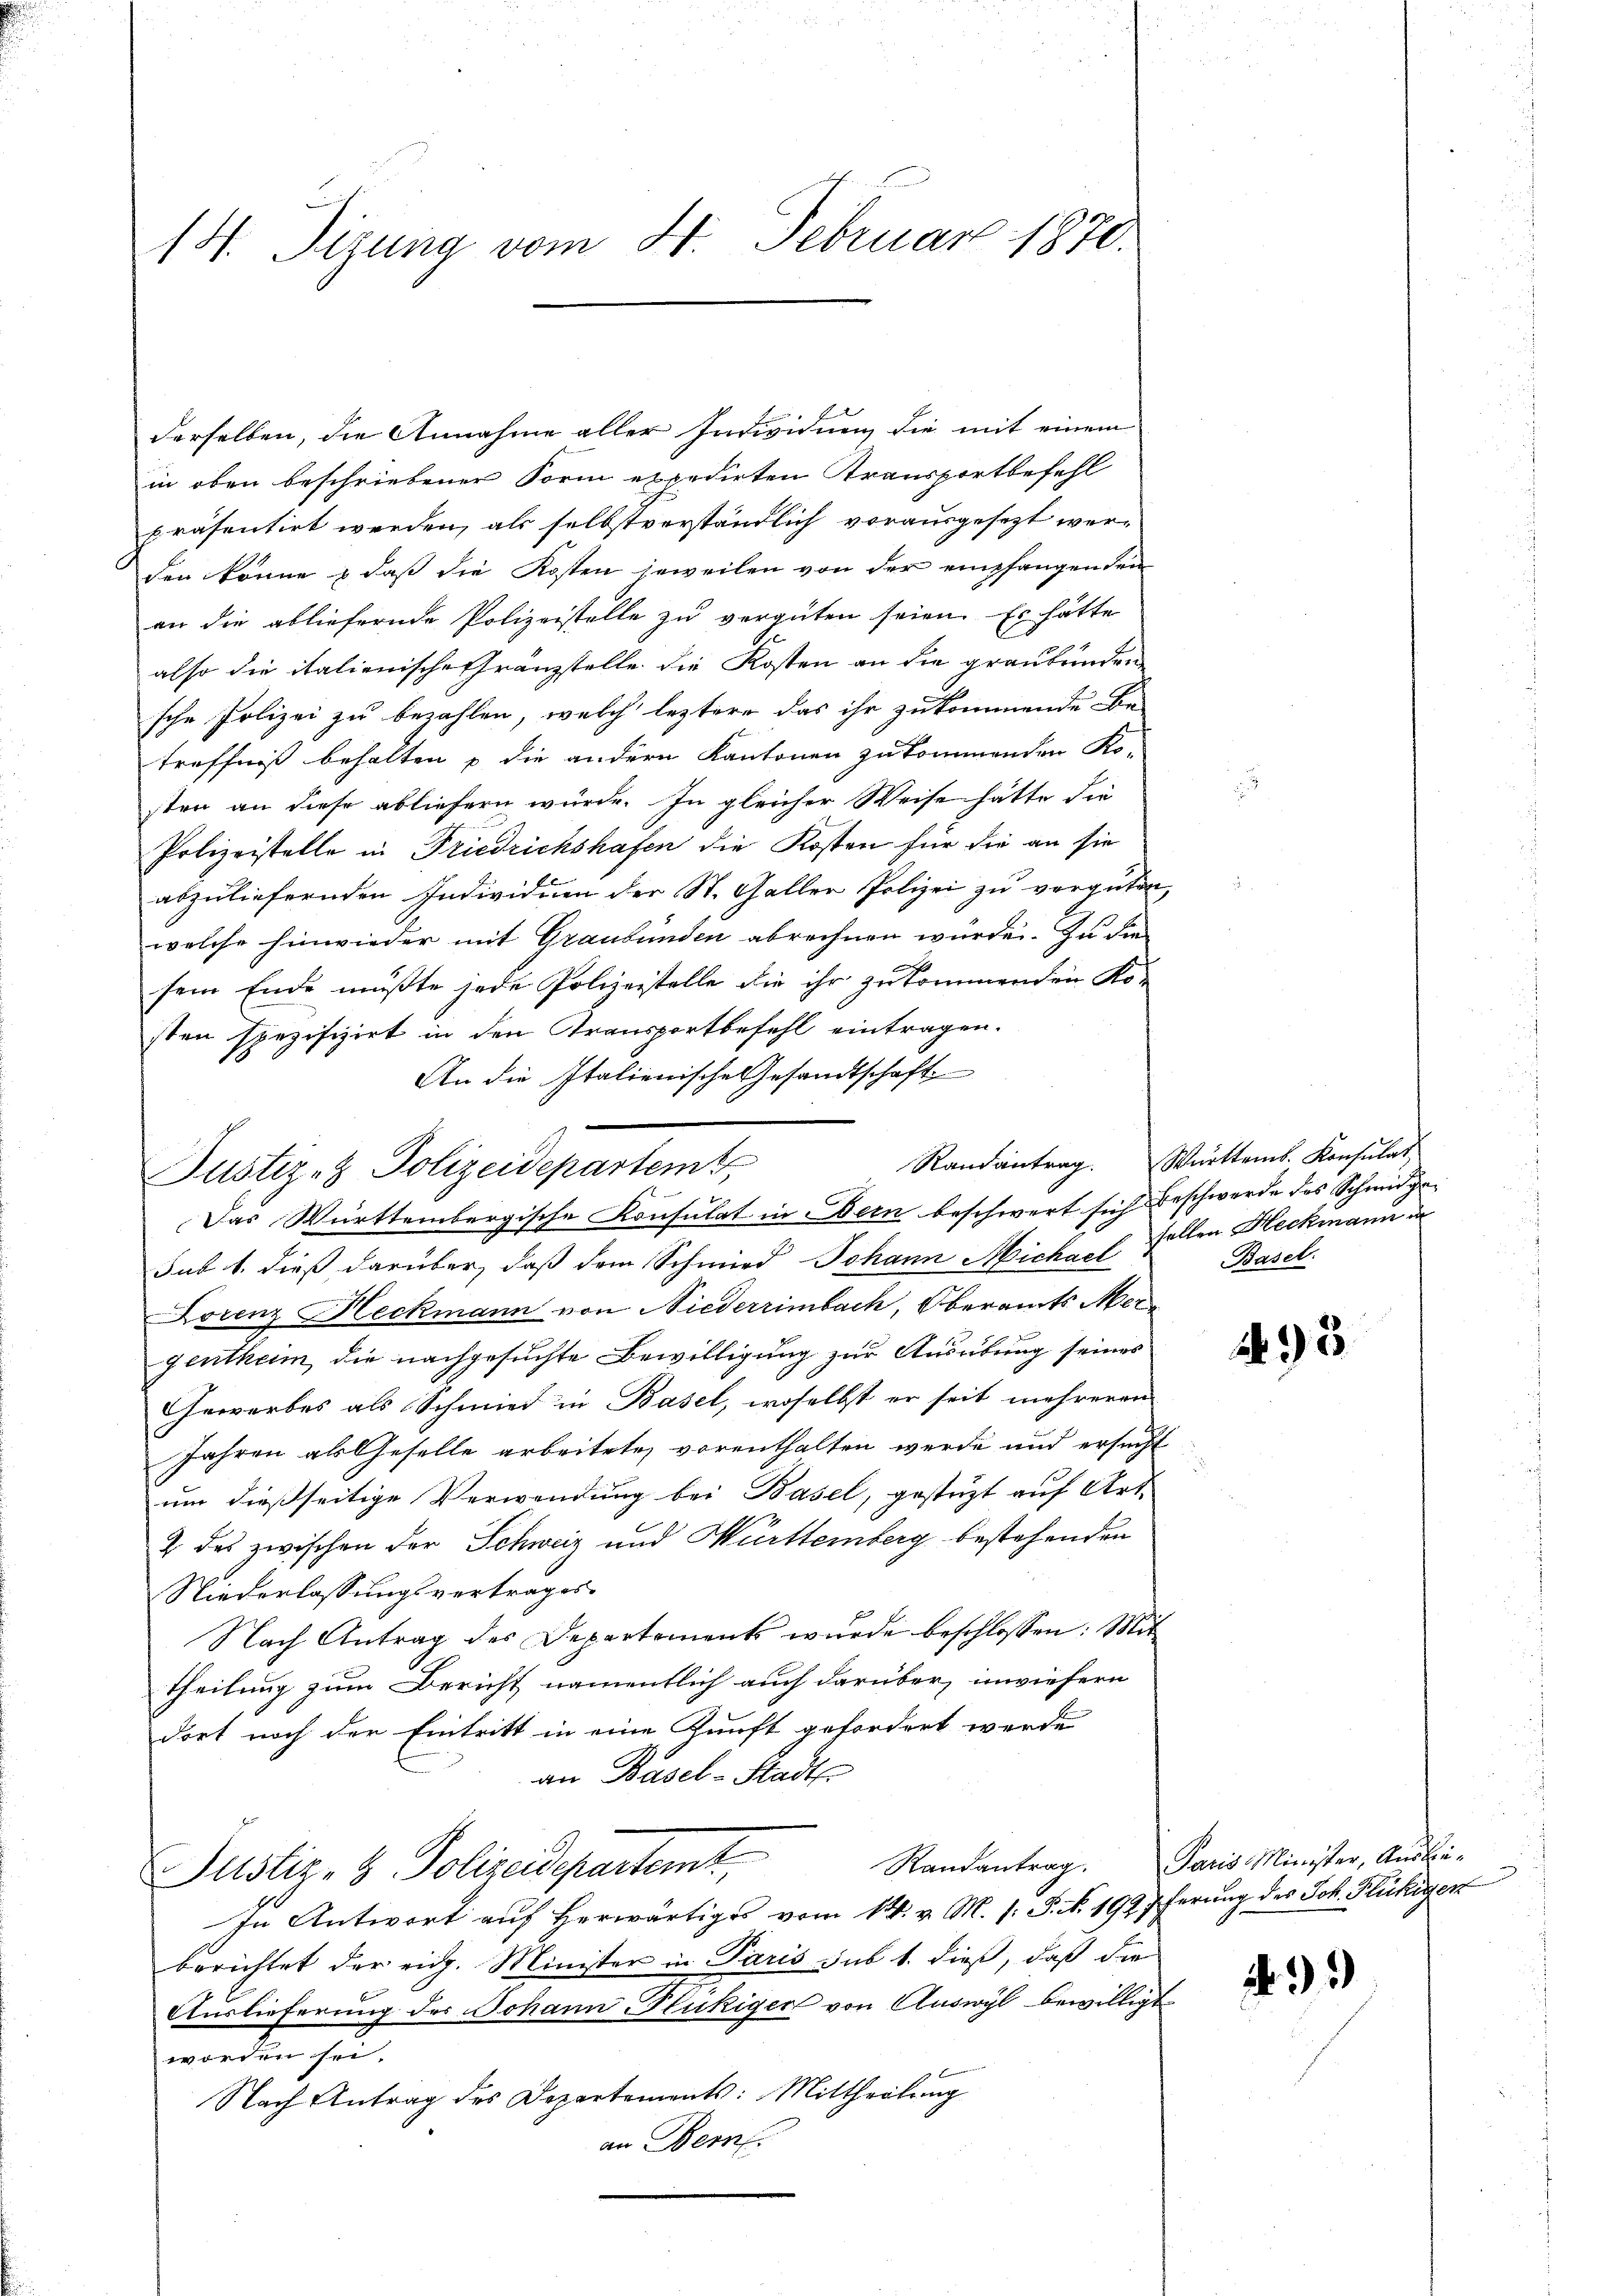
14. Tizung vom 8. Februar 1870.

derselben, die Annahme aller Individuen, die mit einem
in oben beschriebener Form expedirten Transportbefehl
präsentirt werden, als selbstverständlich vorausgesezt werden könne, daß die Kosten jeweilen von der empfangenden
an die abliefernde Polizeistelle zu vergüten seien. Es hätte
also die italienische Gränzstelle die Kosten an die graubünden
sche Polizei zu bezahlen, welch leztere das ihr zukommende Be-
treffniß behalten u die andern Kantonen zu kommenden Ko-
sten an diese abliefern würde. In gleicher Weise hätte die
Polizeistelle in Friedrichshafen die Kosten für die an sie
abzuliefernden Individuen der St. Galler Polizei zu vergüten,
welche hinwieder mit Graubünden abrechnen würde. Zu die
sem Ende mußte jede Polizeistelle die ihr zukommenden Ko-
sten spezifizirt in den Transportbefehl eintragen.
An die Italienische Gesandtschaft
sub 1. dieß darüber, daß dem Schmied Johann Michael Follen Heckmann in
Lorenz Heckmann von Niederrimbach, Oberamts Mer
gentheim, die nachgesuchte Bewilligung zur Ausübung seines
Gewerbes als Schmied in Basel, woselbst er seit mehreren
Jahren als Geselle arbeitete, vorenthalten werde und ersucht
um dießseitige Verwendung bei Basel, gestützt auf Art.
2 des zwischen der Schweiz und Württemberg bestehenden
Niederlassungsvertrages
Nach Antrag des Departements wurde beschlossen: Mittheilung zum Bericht namentlich auch darüber, inwiefern
dort noch der Eintritt in eine Kunft gefordert werde
an Basel-Stadt
Justiz- & Polizeidepartemt,
In Antwort auf herwärtiges vom 14. v. M. s. S. N. 1997ferung des Joh. Flückigen
berichtet der eid. Minister in Paris sub 1. dieß, daß die
Auslieferung des Johann Flückiger von Auswyl bewilligt
worden sei.
Nach Antrag des Departements: Mittheilung
an Bern.

Justiz- & Polizeidepartemt
t
Das Württembergische Konsulat in Bern beschwert sich Beschwerde des Schmidga-

Randantrag. Württems. Konsulat
Basel.

A 15

Randantrag. Paris Minister, Ausbe-
)